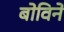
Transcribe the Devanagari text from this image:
बोविने